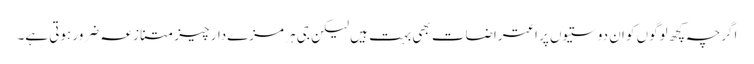
اگرچہ کچھ لوگوں کو ان دوستیوں پر اعتراضات بھی بہت ہیں لیکن جی ہر مزےدار چیز متنازعہ ضرور ہوتی ہے۔